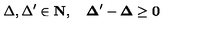
\Delta , \Delta ^ { \prime } \in \bf { N } , \quad \Delta ^ { \prime } - \Delta \geq 0